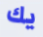
يك